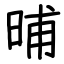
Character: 晡